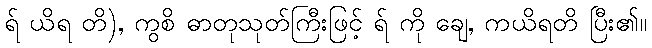
ရ် ယိရ တိ), ကွစိ ဓာတုသုတ်ကြီးဖြင့် ရ် ကို ချေ, ကယိရတိ ပြီး၏။